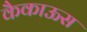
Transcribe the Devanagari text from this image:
कैकाऊस